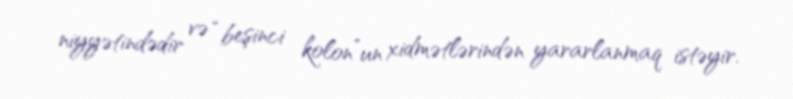
niyyətindədir və “beşinci kolon”un xidmətlərindən yararlanmaq istəyir.